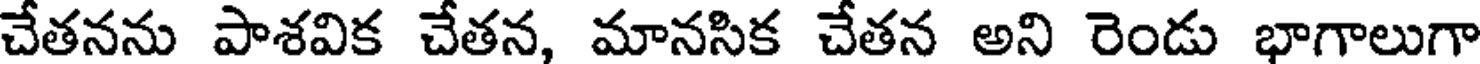
చేతనను పాశవిక చేతన, మానసిక చేతన అని రెండు భాగాలుగా